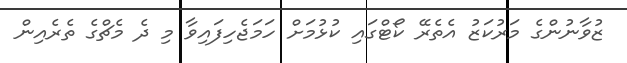
ޒުވާނުންގެ މަރުކަޒު އެތެރޭ ކޯޓްގައި ކުޅުމަށް ހަމަޖެހިފައިވާ މި ދެ މެޗްގެ ތެރެއިން